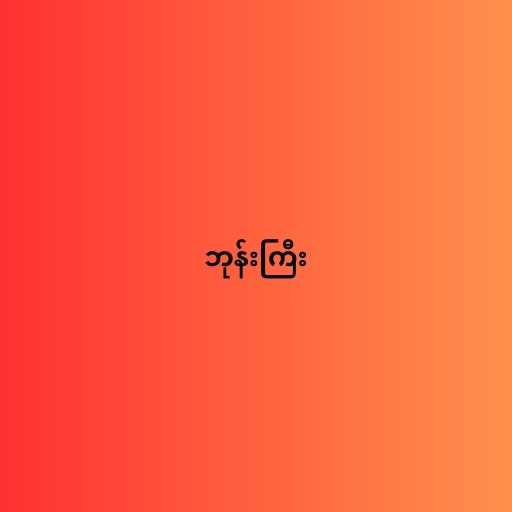
ဘုန်းကြီး